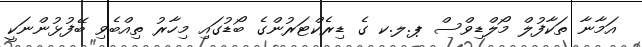
އަމާނާ ތަކާފުލް މޯލްޑިވްސް ޕ.ލ.ކ ގެ ޑިރެކްޓަރުންގެ ބޯޑުގައި މިހާރު ތިއްބެވި ބޭފުޅުންނަކީ